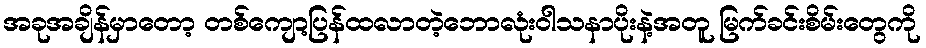
အခုအချိန်မှာတော့ တစ်ကျော့ပြန်ထလာတဲ့ဘောလုံးဝါသနာပိုးနဲ့အတူ မြက်ခင်းစိမ်းတွေကို